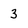
Character: 3